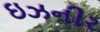
ઇઝનીર